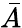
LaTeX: \bar{A}